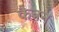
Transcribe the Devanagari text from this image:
कैन्नन